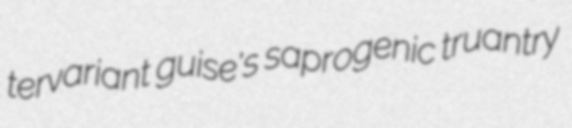
tervariant guise's saprogenic truantry